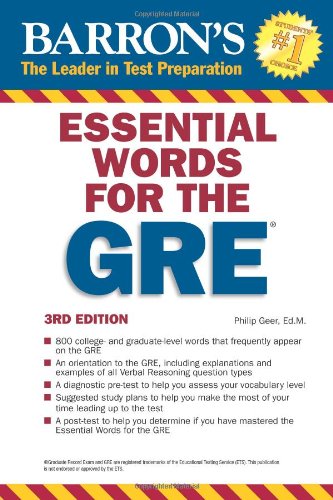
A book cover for Essential Words for the GRE; Philip Geer Ed.M.; Test Preparation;